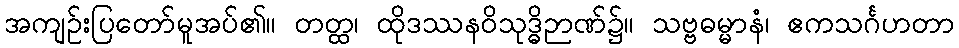
အကျဉ်းပြတော်မူအပ်၏။ တတ္ထ၊ ထိုဒဿနဝိသုဒ္ဓိဉာဏ်၌။ သဗ္ဗဓမ္မာနံ၊ ဧကသင်္ဂဟတာ